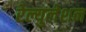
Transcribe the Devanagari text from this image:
रेल्युलेशन